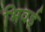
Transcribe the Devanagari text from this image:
भिवई